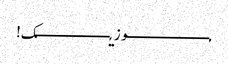
مـــــــــــــــــــوزیـــــــــــــــــک!